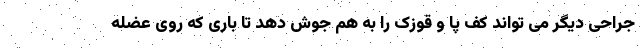
جراحی دیگر می تواند کف پا و قوزک را به هم جوش دهد تا باری که روی عضله